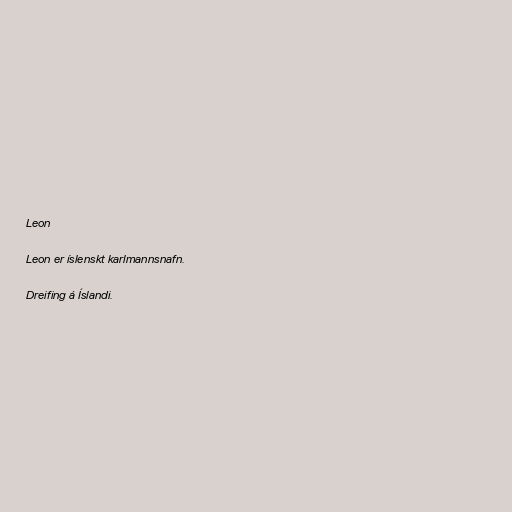
Leon

Leon er íslenskt karlmannsnafn.

Dreifing á Íslandi.